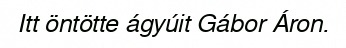
Itt öntötte ágyúit Gábor Áron.